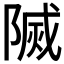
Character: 𨻒